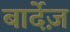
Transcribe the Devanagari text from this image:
बार्देज़